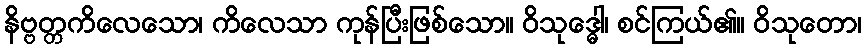
နိဗ္ဗတ္တကိလေသော၊ ကိလေသာ ကုန်ပြီးဖြစ်သော။ ဝိသုဒ္ဓေါ၊ စင်ကြယ်၏။ ဝိသုတော၊